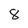
Character: 8